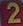
2